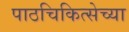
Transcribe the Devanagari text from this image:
पाठचिकित्सेच्या